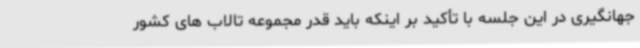
جهانگیری در این جلسه با تأکید بر اینکه باید قدر مجموعه تالاب های کشور